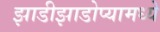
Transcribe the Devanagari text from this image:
झाडीझाडोप्यामध्ये